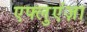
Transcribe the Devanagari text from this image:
एफ्लुएंज़ा